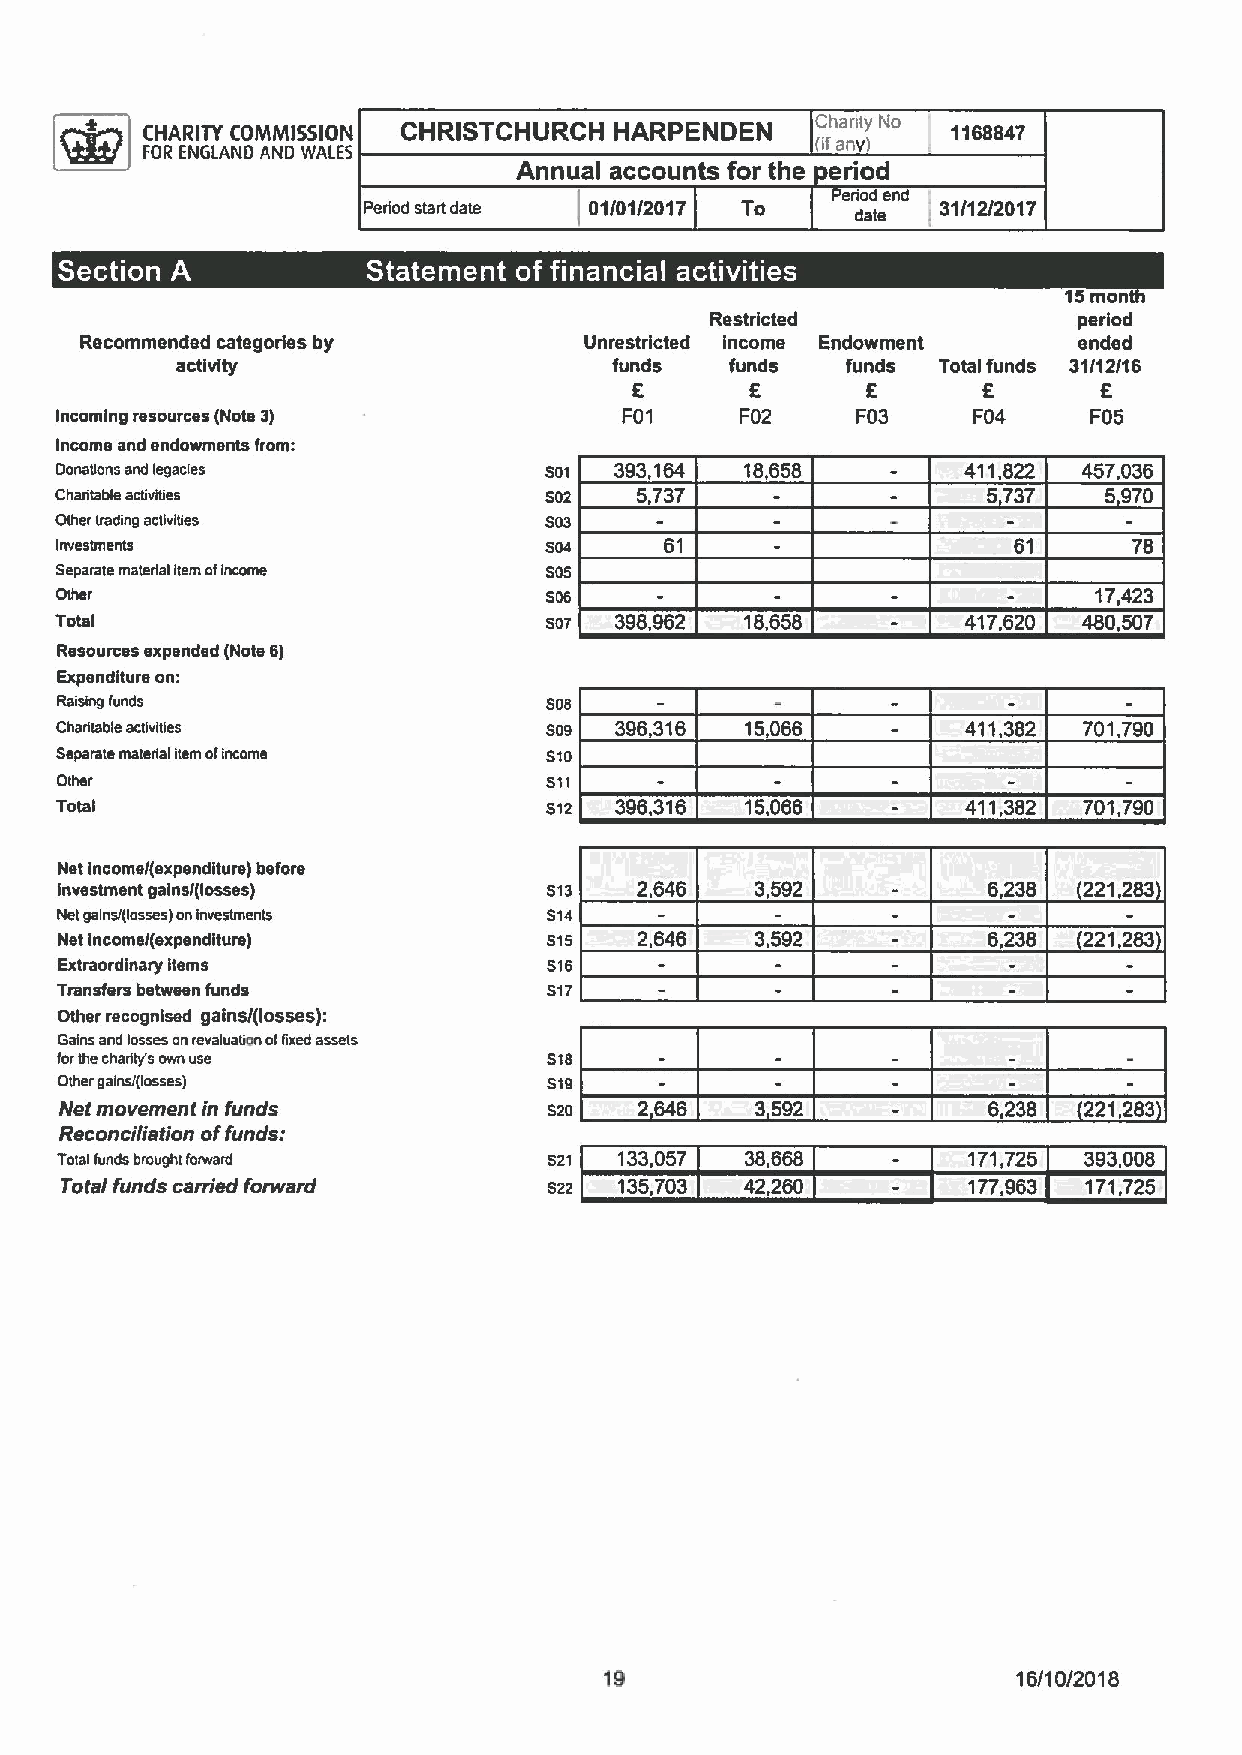
O
 CHARITY COMMISSION CHRISTCHURCH HARPENDEN    (.       1168847
 1 )
 FOR ENGLAND AND WALES
 Annual accounts for the eriod
 Period start date 01/01/2017 TO  dale i 31/12/2017
 15mon
 Restricted              period
 Recommended categories by         Unrestricted income Endowment   ended
 activity                     funds  funds   funds Total funds 31/12/16
 E       E      E       E       E
 Incoming resources (Nota 3)          F01     F02     F03    F04     F05
 Income and endowments from:
 Oonatlons and legacies          501  393,164 18,658         411,822 457,036
 Charitable acUviUes             502   5,737                  5,737   5,970
 Gibertrading activiUes          S03
 Investments                     S04     61                     61      78
 Separate material item ofincome S05
 Other                           506                                 17,423
 Total                           S07  398,962 18,658         417,620 480,507
 Resources expended (Note 6)
 Expenditure on:
 Raising funds                   508
 Charitable activities           Sog  396,316 15,066         411,382 701,790
 Separate malarial item ofincome 510
 Other                           511
 Total                           512  396,316 15,066         411,382 701,790
 Net income/(expenditure) before
 investment gains/(losses)       513   2,646   3,592          6,238  221,283
 Net gains/(losses) oninvestments 514
 Net income/(expenditure)        515   2,646   3,592          6238   221 283
 Extraordinary items             516
 Transfers between funds         517
 Other recognised gains/(losses):
 Gains and losses onrevaluaUon oflixed assets
 forthe charity's own use        518
 Other gains/(losses)            519
 Nat movement in funds           520   2,646   3,592          6,238  221,283
 Reconciliation offunds:
 Total funds brought forward     s21  133,057 38,668         171,725 393,008
 Total funds carried forward     S22  135,703 42,260         177,963 171,725
 19                         16/10/2018